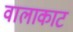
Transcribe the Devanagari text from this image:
वालाकाट